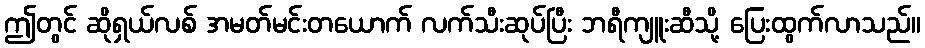
ဤတွင် ဆိုရှယ်လစ် အမတ်မင်းတယောက် လက်သီးဆုပ်ပြီး ဘရီကျူးဆီသို့ ပြေးထွက်လာသည်။